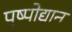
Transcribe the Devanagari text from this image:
पुष्पोद्यान